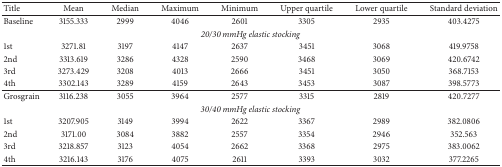
<table><thead><tr><td><b>Title</b></td><td><b>Mean</b></td><td><b>Median</b></td><td><b>Maximum</b></td><td><b>Minimum</b></td><td><b>Upper quartile</b></td><td><b>Lower quartile</b></td><td><b>Standard deviation</b></td></tr></thead><tbody><tr><td>Baseline</td><td>3155.333</td><td>2999</td><td>4046</td><td>2601</td><td>3305</td><td>2935</td><td>403.4275</td></tr><tr><td colspan="8"><i>20/30 mmHg elastic stocking</i></td></tr><tr><td> 1st</td><td>3271.81</td><td>3197</td><td>4147</td><td>2637</td><td>3451</td><td>3068</td><td>419.9758</td></tr><tr><td> 2nd</td><td>3313.619</td><td>3286</td><td>4328</td><td>2590</td><td>3468</td><td>3069</td><td>420.6742</td></tr><tr><td> 3rd</td><td>3273.429</td><td>3208</td><td>4013</td><td>2666</td><td>3451</td><td>3050</td><td>368.7153</td></tr><tr><td> 4th</td><td>3302.143</td><td>3289</td><td>4159</td><td>2643</td><td>3453</td><td>3087</td><td>398.5773</td></tr><tr><td>Grosgrain</td><td>3116.238</td><td>3055</td><td>3964</td><td>2577</td><td>3315</td><td>2819</td><td>420.7277</td></tr><tr><td colspan="8"><i>30/40 mmHg elastic stocking</i></td></tr><tr><td> 1st</td><td>3207.905</td><td>3149</td><td>3994</td><td>2622</td><td>3367</td><td>2989</td><td>382.0806</td></tr><tr><td> 2nd</td><td>3171.00</td><td>3084</td><td>3882</td><td>2557</td><td>3354</td><td>2946</td><td>352.563</td></tr><tr><td> 3rd</td><td>3218.857</td><td>3123</td><td>4054</td><td>2662</td><td>3368</td><td>2975</td><td>383.0062</td></tr><tr><td> 4th</td><td>3216.143</td><td>3176</td><td>4075</td><td>2611</td><td>3393</td><td>3032</td><td>377.2265</td></tr></tbody></table>